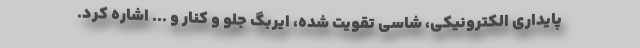
پایداری الکترونیکی، شاسی تقویت شده، ایربگ جلو و کنار و ... اشاره کرد.